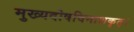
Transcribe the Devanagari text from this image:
मुख्यदोषविनाशकृत्।